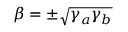
\beta = \pm \sqrt { \gamma _ { a } \gamma _ { b } }